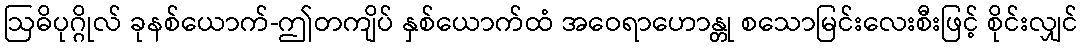
ဩဓိပုဂ္ဂိုလ် ခုနစ်ယောက်-ဤတကျိပ် နှစ်ယောက်ထံ အဝေရာဟောန္တု စသောမြင်းလေးစီးဖြင့် စိုင်းလျှင်